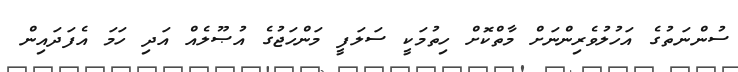
ސުންނަތުގެ އަހުލުވެރިންނަށް މާތްކޮށް ހިތުމަކީ ސަލަފީ މަންހަޖުގެ އުޞޫލެއް އަދި ހަމަ އެފަދައިން